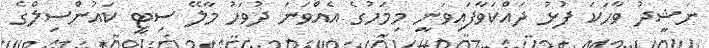
ނަޝީދު ވާހަކަ ފުޅު ދައްކަވާފައިވަނީ މިމަހުގެ އެއްވަނަ ދުވަހު މާލޭ ސިޓީ ކައުންސިލްގެ